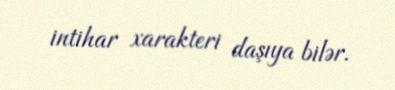
intihar xarakteri daşıya bilər.